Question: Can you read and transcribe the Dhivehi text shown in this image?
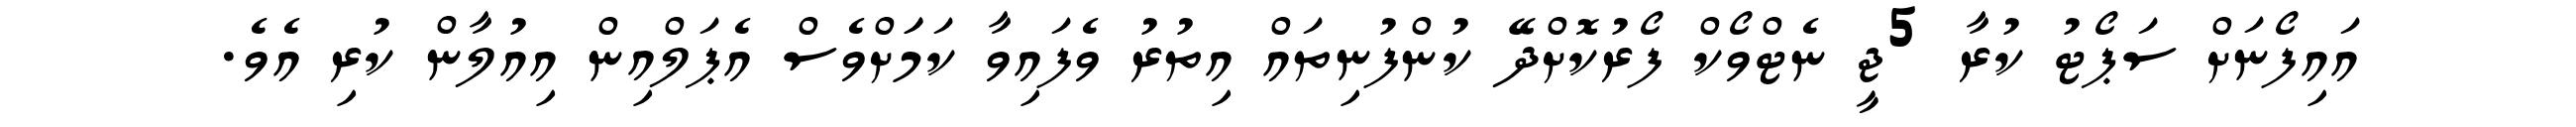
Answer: އައިފޯނަށް ސަޕޯޓު ކުރާ 5ޖީ ނެޓްވޯކް ފޯރުކޮށްދޭ ކުންފުނިތައް އިތުރު ވެފައިވާ ކަމަަށްވެސް އެޕަލްއިން އިއުލާން ކުރި އެވެ.